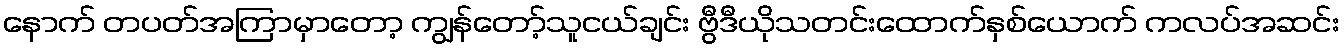
နောက် တပတ်အကြာမှာတော့ ကျွန်တော့်သူငယ်ချင်း ဗွီဒီယိုသတင်းထောက်နှစ်ယောက် ကလပ်အဆင်း